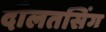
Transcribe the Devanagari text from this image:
दौलतसिंग